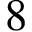
8